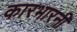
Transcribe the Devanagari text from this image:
कारभारनी